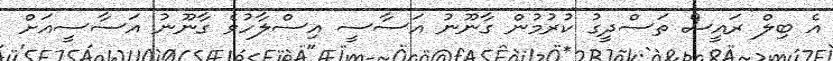
އެ ބިލް ރައީސް ތަސްދީގު ކުރުމުން ގާނޫނު އަސާސީ އިސްލާހުވެ ގާނޫނު އަސާސީއަށް